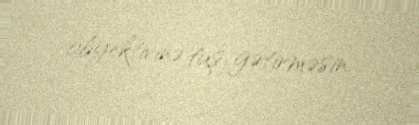
obyektivinə tuş gətirməsin.